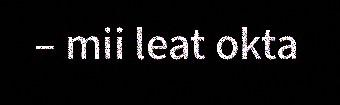
– mii leat okta